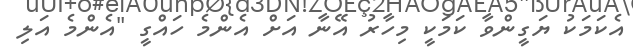
އެކަމަކު ޔަގީންވާ ކަމަކީ މިހާރު އޭނާ އަށް އެންމެ ހައްގީ "އެންމެ އަލި